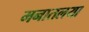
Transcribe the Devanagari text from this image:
मनातलया